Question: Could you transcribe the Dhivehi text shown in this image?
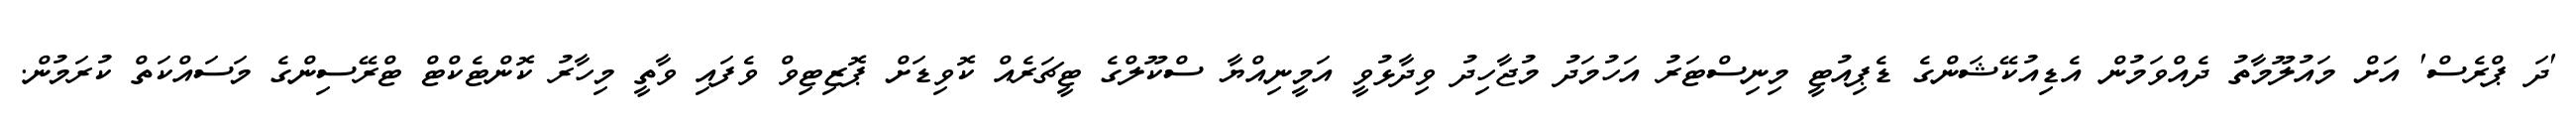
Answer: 'ދަ ޕްރެސް' އަށް މައުލޫމާތު ދެއްވަމުން އެޑިއުކޭޝަންގެ ޑެޕިއުޓީ މިނިސްޓަރު އަހުމަދު މުޖާހިދު ވިދާޅުވީ އަމީނިއްޔާ ސްކޫލްގެ ޓީޗަރެއް ކޮވިޑަށް ޕޮޒިޓިވް ވެފައި ވާތީ މިހާރު ކޮންޓެކްޓް ޓްރޭސިންގެ މަސައްކަތް ކުރަމުން.